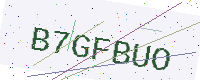
Text: B7GFBUO